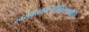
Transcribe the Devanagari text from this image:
स्वरावासदम्भोलिदम्भोपि